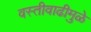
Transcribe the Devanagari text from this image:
वस्तीवाढीमुळे